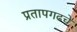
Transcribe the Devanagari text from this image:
प्रतापगढचे